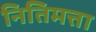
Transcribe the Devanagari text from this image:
नितिमत्ता